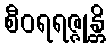
စီဝရရဇ္ဇုန္တိ